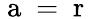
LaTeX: \mathrm{~a~}=\mathrm{~r~}